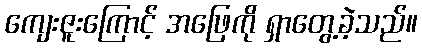
ကျေးဇူးကြောင့် အဖြေကို ရှာတွေ့ခဲ့သည်။